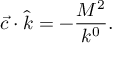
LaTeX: \vec { c } \cdot \hat { k } = - \frac { M ^ { 2 } } { k ^ { 0 } } .